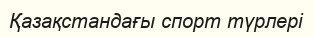
Қазақстандағы спорт түрлері